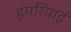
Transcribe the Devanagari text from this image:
हंगरियाई